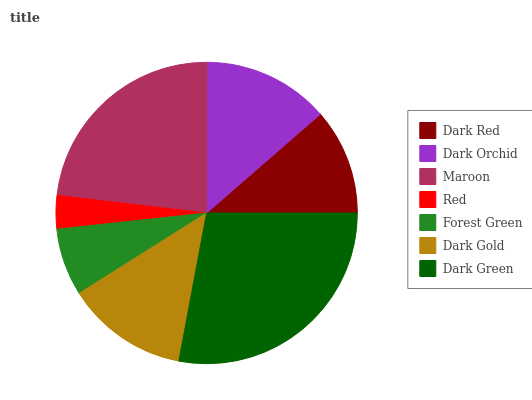
| Dark Red | Dark Orchid | Maroon | Red | Forest Green | Dark Gold | Dark Green |
 | --- | --- | --- | --- | --- | --- | --- |
 | 11.4% | 13.6% | 23.2% | 3.56% | 7.23% | 13.1% | 28% |